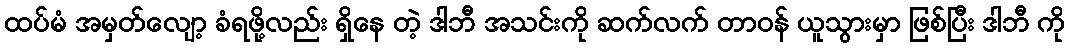
ထပ်မံ အမှတ်လျော့ ခံရဖို့လည်း ရှိနေ တဲ့ ဒါဘီ အသင်းကို ဆက်လက် တာဝန် ယူသွားမှာ ဖြစ်ပြီး ဒါဘီ ကို